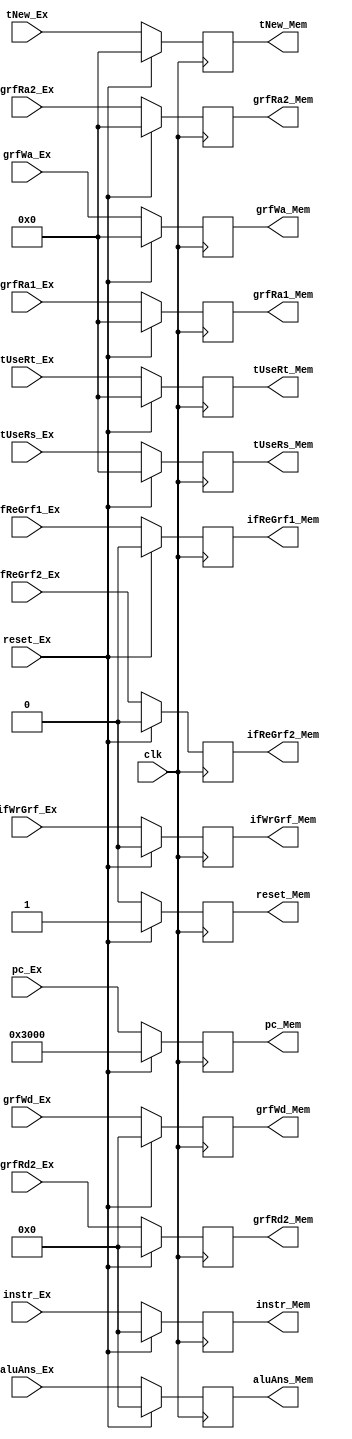
`timescale 1ns / 1ps
//////////////////////////////////////////////////////////////////////////////////
// Company: 
// Engineer: 
// 
// Design Name: 
// Module Name:    ExMem 
// Project Name: 
// Target Devices: 
// Tool versions: 
// Description: 
//
// Dependencies: 
//
// Revision: 
// Revision 0.01 - File Created
// Additional Comments: 
//
//////////////////////////////////////////////////////////////////////////////////
module ExMem(
	input clk,
	input reset_Ex,
	input [31:0]pc_Ex,
	input [31:0]instr_Ex,
	input [31:0]aluAns_Ex,
	input [31:0]grfRd2_Ex,
	//for Hz
	input ifReGrf1_Ex,
	input ifReGrf2_Ex,
	input ifWrGrf_Ex,
	input [4:0]grfRa1_Ex,
	input [4:0]grfRa2_Ex,
	input [4:0]grfWa_Ex,
	input [31:0]grfWd_Ex,
	input [4:0]tUseRs_Ex,
	input [4:0]tUseRt_Ex,
	input [4:0]tNew_Ex,
	
	output reg reset_Mem,
	output reg [31:0]pc_Mem,
	output reg [31:0]instr_Mem,
	output reg [31:0]aluAns_Mem,
	output reg [31:0]grfRd2_Mem,
	//for Hz
	output reg ifReGrf1_Mem,
	output reg ifReGrf2_Mem,
	output reg ifWrGrf_Mem,
	output reg [4:0]grfRa1_Mem,
	output reg [4:0]grfRa2_Mem,
	output reg [4:0]grfWa_Mem,
	output reg [31:0]grfWd_Mem,
	output reg [4:0]tUseRs_Mem,
	output reg [4:0]tUseRt_Mem,
	output reg [4:0]tNew_Mem
    );

	initial begin
		pc_Mem <= 32'h00003000;
		instr_Mem <= 0;
		reset_Mem <= 0;
		aluAns_Mem <= 0;
		grfRd2_Mem <= 0;
		//for Hz
		ifReGrf1_Mem <= 0;
		ifReGrf2_Mem <= 0;
		ifWrGrf_Mem <= 0;
		grfRa1_Mem <= 0;
		grfRa2_Mem <= 0;
		grfWa_Mem <= 0;
		grfWd_Mem <= 0;
		tUseRs_Mem <= 0;
		tUseRt_Mem <= 0;
		tNew_Mem <= 0;
	end
	
	always@(posedge clk)begin
		if(reset_Ex)begin
			pc_Mem <= 32'h00003000;
			instr_Mem <= 0;
			reset_Mem <= 1;
			aluAns_Mem <= 0;
			grfRd2_Mem <= 0;
			//for Hz
			ifReGrf1_Mem <= 0;
			ifReGrf2_Mem <= 0;
			ifWrGrf_Mem <= 0;
			grfRa1_Mem <= 0;
			grfRa2_Mem <= 0;
			grfWa_Mem <= 0;
			grfWd_Mem <= 0;
			tUseRs_Mem <= 0;
			tUseRt_Mem <= 0;
			tNew_Mem <= 0;
		end
		else begin
			pc_Mem <= pc_Ex;
			instr_Mem <= instr_Ex;
			reset_Mem <= reset_Ex;
			aluAns_Mem <= aluAns_Ex;
			grfRd2_Mem <= grfRd2_Ex;
			//for Hz
			ifReGrf1_Mem <= ifReGrf1_Ex;
			ifReGrf2_Mem <= ifReGrf2_Ex;
			ifWrGrf_Mem <= ifWrGrf_Ex;
			grfRa1_Mem <= grfRa1_Ex;
			grfRa2_Mem <= grfRa2_Ex;
			grfWa_Mem <= grfWa_Ex;
			grfWd_Mem <= grfWd_Ex;
			tUseRs_Mem <= tUseRs_Ex;
			tUseRt_Mem <= tUseRt_Ex;
			tNew_Mem <= tNew_Ex;
		end
	end
	
endmodule